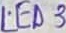
Text: LED3